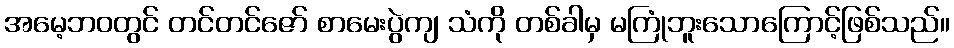
အမေ့ဘဝတွင် တင်တင်ဇော် စာမေးပွဲကျ သံကို တစ်ခါမှ မကြုံဘူးသောကြောင့်ဖြစ်သည်။